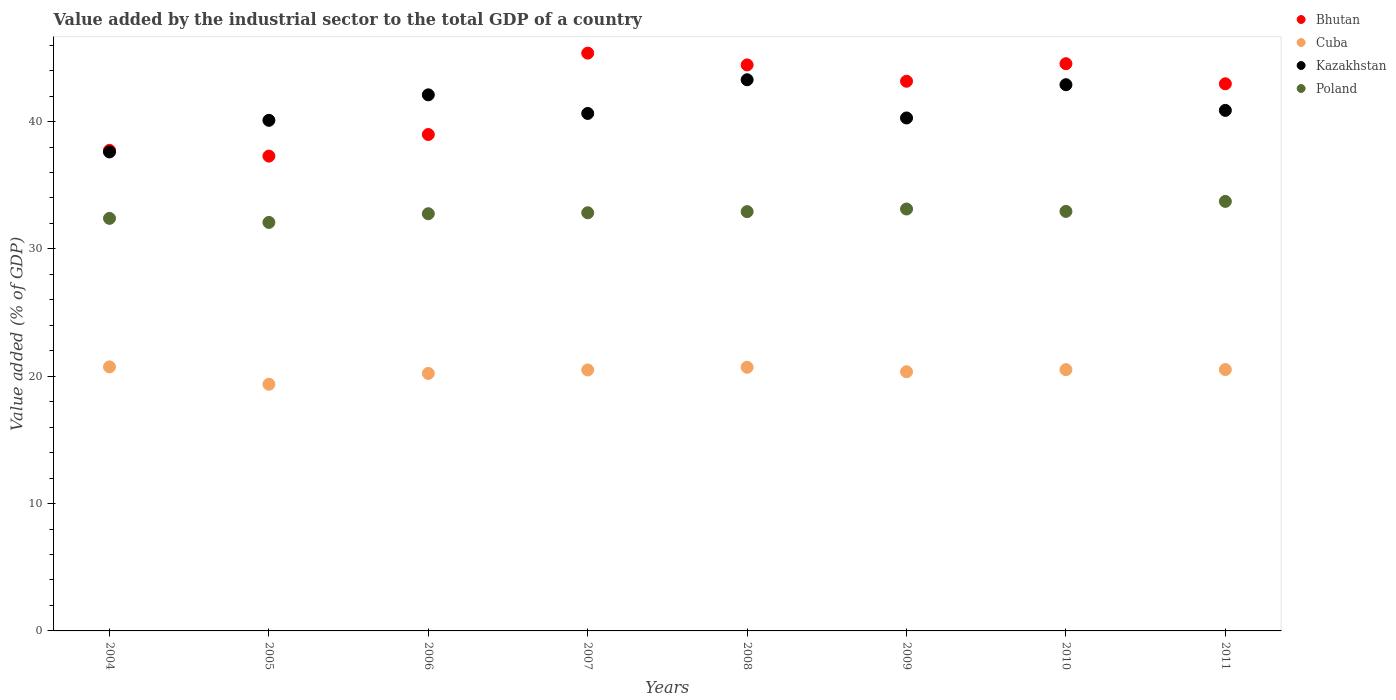
| Years | Bhutan | Cuba | Kazakhstan | Poland |
 | --- | --- | --- | --- | --- |
 | 2004 | 37.7 | 20.7 | 37.6 | 32.4 |
 | 2005 | 37.3 | 19.4 | 40.1 | 32.1 |
 | 2006 | 39 | 20.2 | 42.1 | 32.8 |
 | 2007 | 45.4 | 20.5 | 40.6 | 32.8 |
 | 2008 | 44.5 | 20.7 | 43.3 | 32.9 |
 | 2009 | 43.2 | 20.4 | 40.3 | 33.1 |
 | 2010 | 44.5 | 20.5 | 42.9 | 32.9 |
 | 2011 | 43 | 20.5 | 40.9 | 33.7 |